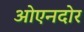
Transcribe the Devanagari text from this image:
ओएनदोर